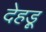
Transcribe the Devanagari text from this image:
देहड़ू